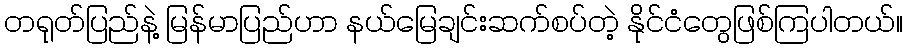
တရုတ်ပြည်နဲ့ မြန်မာပြည်ဟာ နယ်မြေချင်းဆက်စပ်တဲ့ နိုင်ငံတွေဖြစ်ကြပါတယ်။